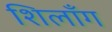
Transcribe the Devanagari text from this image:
शिलॉँग